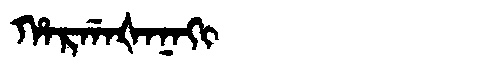
Manchu: ᡥᠠᡵᡤᠠᡧᠠᠨᠠᡴᡳ
Romanization: HARGAŠANAKI